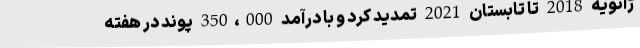
ژانویه 2018 تا تابستان 2021 تمدید کرد و با درآمد 350،000 پوند در هفته